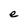
Character: e